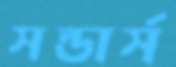
সন্ডার্স